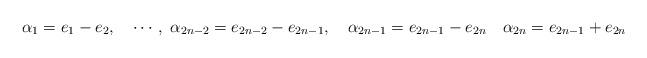
LaTeX: \begin{align*}\alpha_1=e_1-e_2,\quad \cdots,\ \alpha_{2n-2}=e_{2n-2}-e_{2n-1},\quad \alpha_{2n-1}=e_{2n-1}-e_{2n} \quad \alpha_{2n}=e_{2n-1}+e_{2n} \end{align*}